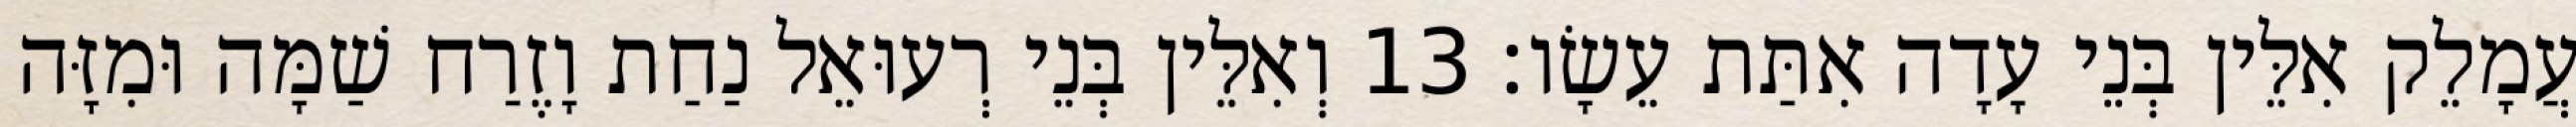
עֲמָלֵק אִלֵּין בְּנֵי עָדָה אִתַּת עֵשָׂו׃ 13 וְאִלֵּין בְּנֵי רְעוּאֵל נַחַת וָזֶרַח שַׁמָּה וּמִזָּה